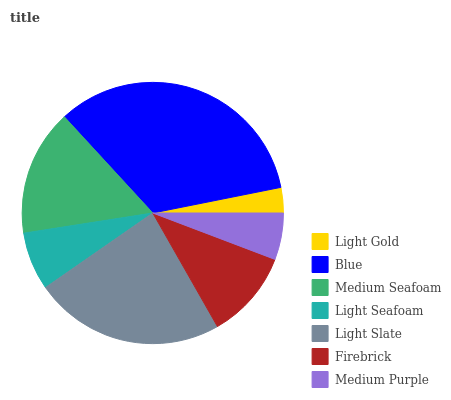
| Light Gold | Blue | Medium Seafoam | Light Seafoam | Light Slate | Firebrick | Medium Purple |
 | --- | --- | --- | --- | --- | --- | --- |
 | 3.13% | 33.7% | 15.6% | 7.19% | 23.6% | 11% | 5.78% |